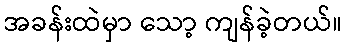
အခန်းထဲမှာ သော့ ကျန်ခဲ့တယ်။